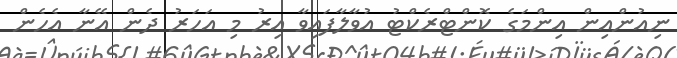
ނިއުންއިން އިންމަގެ ކޮންޓްރެކްޓު އުވާލާފައިވާ އިރު މި އަހަރު ދެން އޭނާ އެހެން